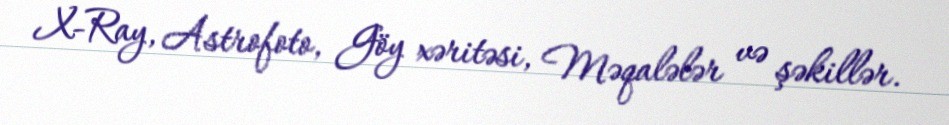
X-Ray, Astrofoto, Göy xəritəsi, Məqalələr və şəkillər.